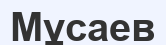
Мұсаев